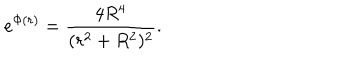
e ^ { \Phi ( r ) } = { \frac { 4 R ^ { 4 } } { ( r ^ { 2 } + R ^ { 2 } ) ^ { 2 } } } .